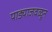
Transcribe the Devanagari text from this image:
पाड्याजवळून